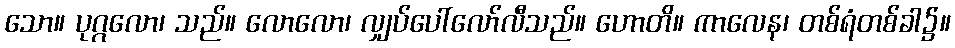
သော။ ပုဂ္ဂလော၊ သည်။ လောလော၊ လျှပ်ပေါ်လော်လီသည်။ ဟောတိ။ ကာလေန၊ တစ်ရံတစ်ခါ၌။